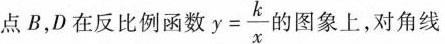
点B，D在反比例函数$$y = \frac { k } { x }$$的图象上，对角线